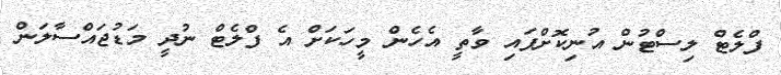
ފްލެޓް ލިސްޓުން އުނިކޮށްފައި ވާތީ އެހެން މީހަކަށް އެ ފްލެޓް ނުދީ މަޑުޖައްސާލަން